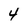
Character: 4